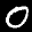
Label: 0